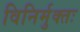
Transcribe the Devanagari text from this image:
विनिर्मुक्तः